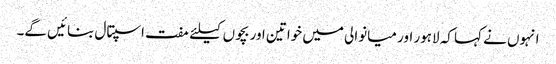
انہوں نے کہا کہ لاہور اور میانوالی میں خواتین اور بچوں کیلئے مفت اسپتال بنائیں گے۔